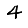
Digit: 4